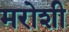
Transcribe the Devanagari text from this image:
मरोशी